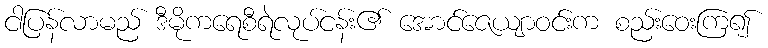
ငါပြန်လာမည် ဒီမိုကရေစီရဲလုပ်ငန်း၏ အောင်ဇေယျာဝင်းက စည်းဝေးကြ၍